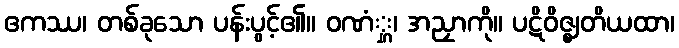
ဧကဿ၊ တစ်ခုသော ပန်းပွင့်၏။ ဝဏံ္ဋ၊ အညှာကို။ ပဋိဝိဇ္ဈတိယထာ၊